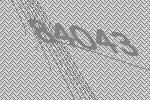
84043